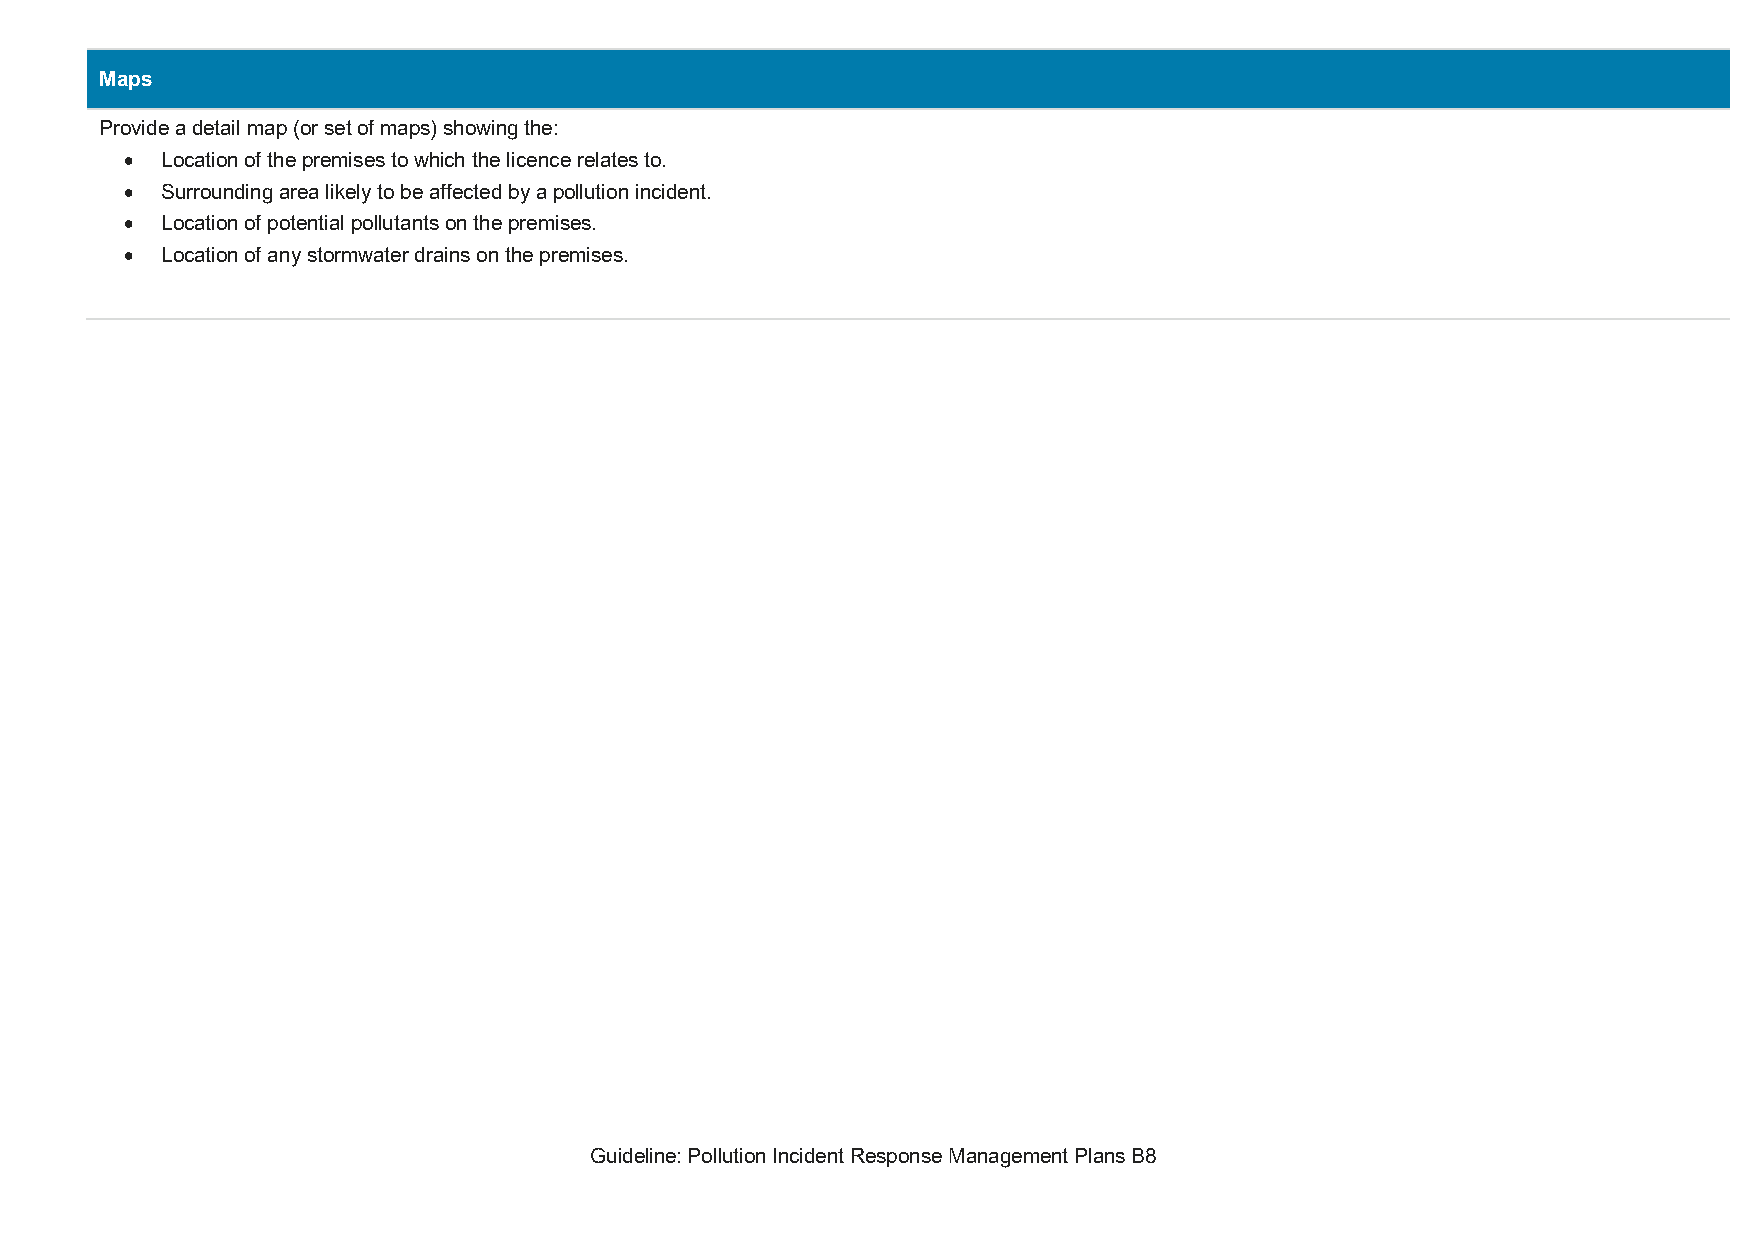
Maps
 Provide a detail map (or set of maps) showing the:
   Location of the premises to which the licence relates to.
   Surrounding area likely to be affected by a pollution incident.
   Location of potential pollutants on the premises.
   Location of any stormwater drains on the premises.
 Guideline: Pollution Incident Response Management Plans B8